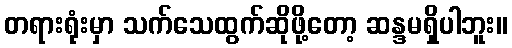
တရားရုံးမှာ သက်သေထွက်ဆိုဖို့တော့ ဆန္ဒမရှိပါဘူး။